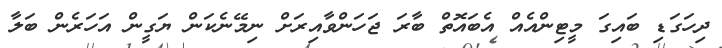
ދިހަގަޑި ބައިގަ މީޓިންއެއް އެބައޮތް ބާރަ ޖަހަންވާއިރަށް ނިމޭނެކަން ޔަގީން އަހަރެން ބަލާ